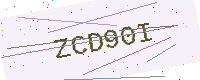
Text: ZCD90I